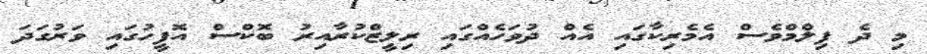
މި ދެ ފިލްމްވެސް އެމެރިކާގައި އެއް ދުވަހެއްގައި ރިލީޒްކުރާއިރު ބޮކްސް އޮފީހުގައި ވަރުގަދަ